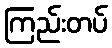
ကြည်းတပ်